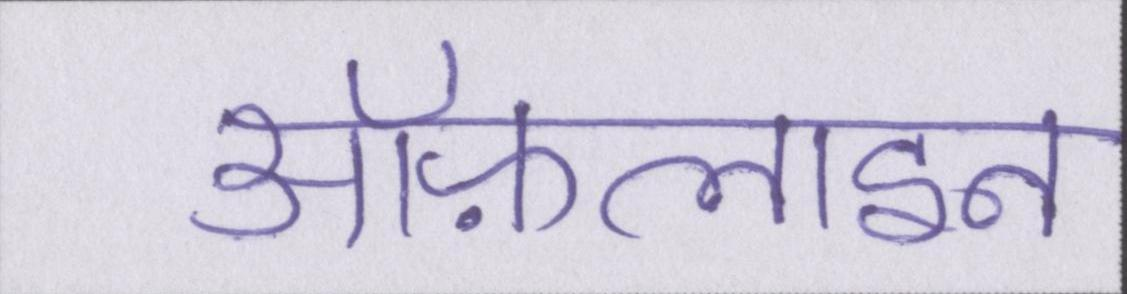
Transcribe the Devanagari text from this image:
ऑफ़लाइन